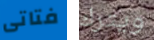
فتاتى ويترك